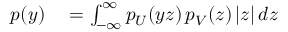
\begin{array} { r l r l } { p ( y ) } & { { } = \int _ { - \infty } ^ { \infty } p _ { U } ( y z ) \, p _ { V } ( z ) \, | z | \, d z } \end{array}